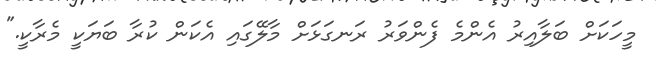
މީހަކަށް ބަލާއިރު އެންމެ ފެންވަރު ރަނގަޅަށް މާލޭގައި އެކަން ކުރާ ބަޔަކީ މެރާކީ."